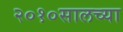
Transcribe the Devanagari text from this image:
२०१०सालच्या